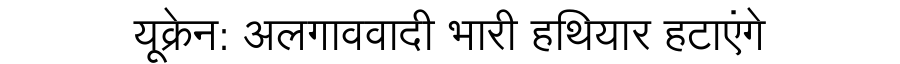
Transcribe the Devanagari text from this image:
यूक्रेन: अलगाववादी भारी हथियार हटाएंगे